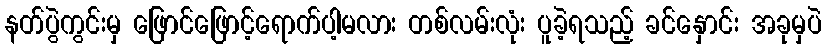
နတ်ပွဲကွင်းမှ ဖြောင်ဖြောင့်ရောက်ပါ့မလား တစ်လမ်းလုံး ပူခဲ့ရသည့် ခင်နှောင်း အခုမှပဲ